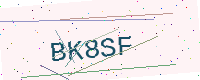
Text: BK8SF